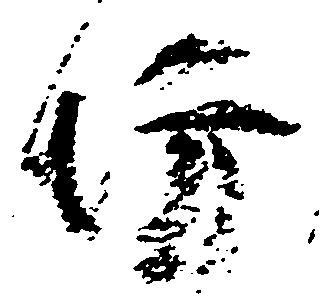
坊